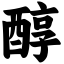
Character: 醇